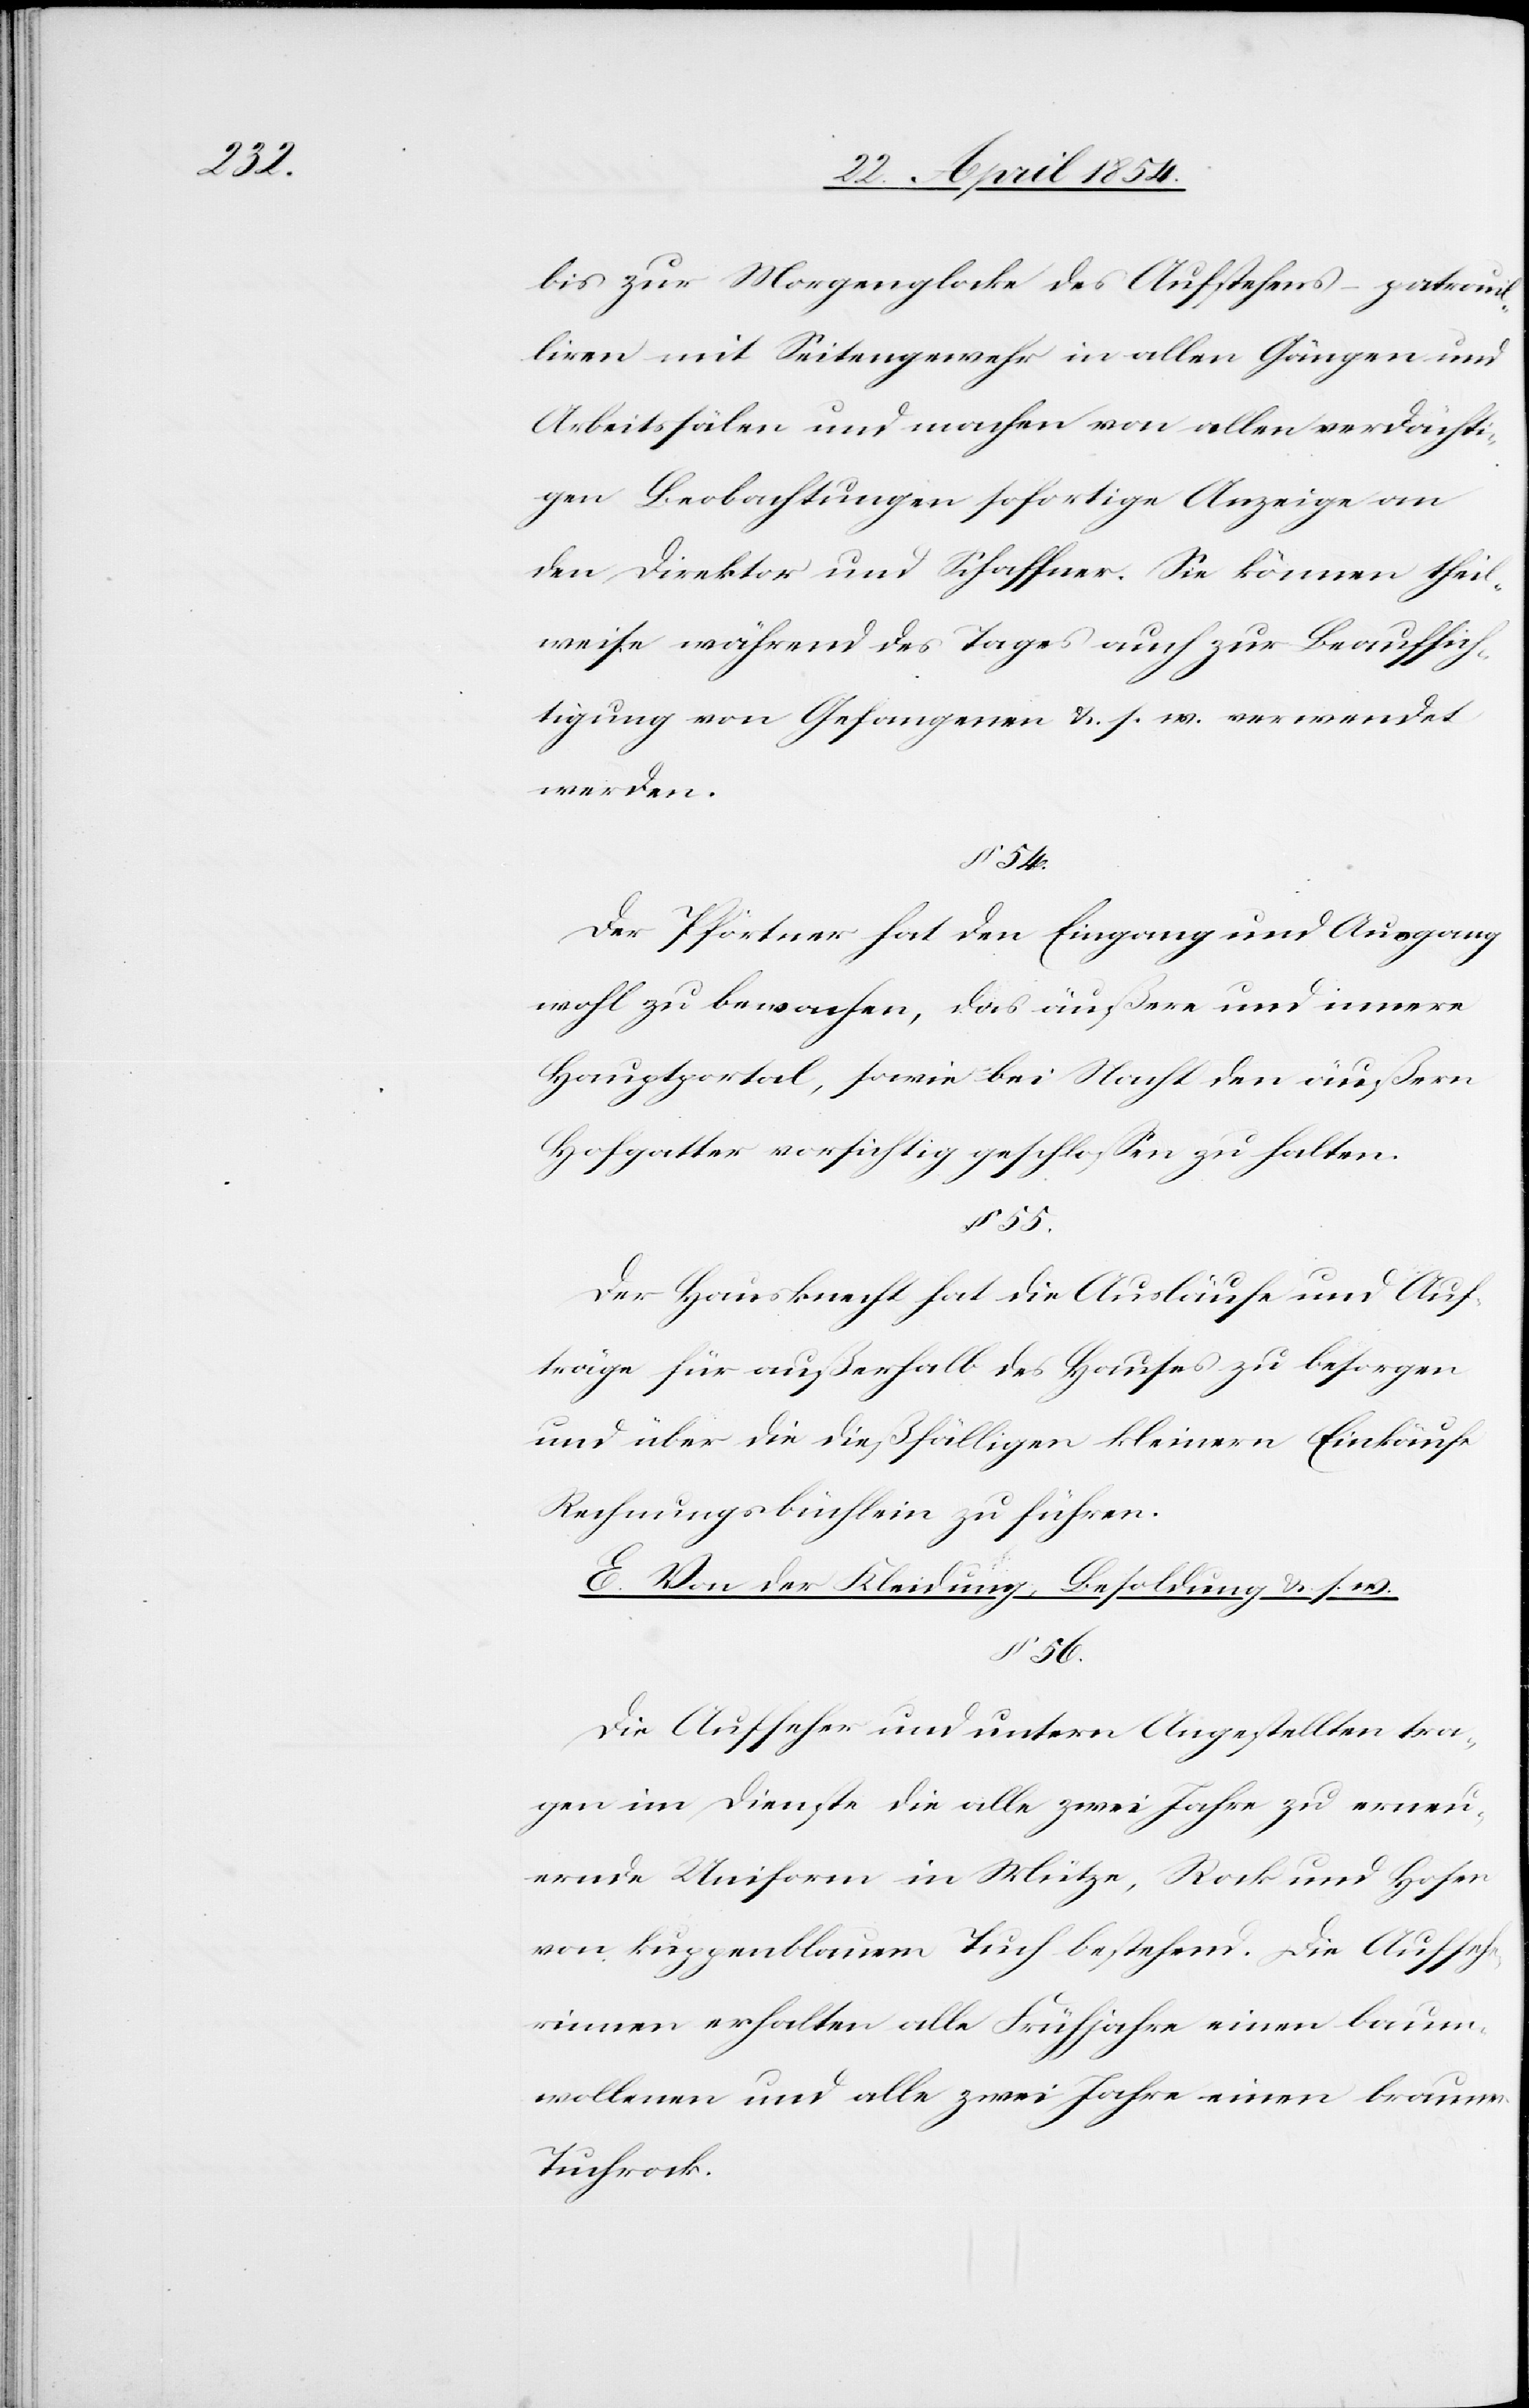
55.

bis zur Morgenglocke des Aufstehens – patrouil¬
liren mit Seitengewehr in allen Gängen und
Arbeitssälen und machen von allen verdächti¬
gen Beobachtungen sofortige Anzeige an
den Direktor und Schaffner. Sie können theil¬
weise während des Tages auch zur Beaufsich¬
tigung von Gefangenen u. s. w. verwendet
werden.
§ 54.
Der Pförtner hat den Eingang und Ausgang
wohl zu bewachen, das äußere und innere
Hauptportal, sowie bei Nacht den äußern
Hofgatter vorsichtig geschloßen zu halten.
Der Hausknecht hat die Ausläufe und Auf¬
träge für außerhalb des Hauses zu besorgen
und über die dießfälligen kleinern Einkäufe
Rechnungsbüchlein zu führen.
E. Von der Kleidung, Besoldung u. s. w.
§ 56.
Die Aufseher und untern Angestellten tra¬
gen im Dienste die alle zwei Jahre zu erneu¬
ernde Uniform in Mütze, Rock und Hosen
von kuppenblauem Tuch bestehend. Die Aufseh¬
erinnen erhalten alle Frühjahre einen baum¬
wollenen und alle zwei Jahre einen braunen
Tuchrock.